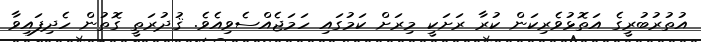
އުތުރުބުރީގެ އަތޮޅުވެރިކަން ކުރާ ރަށަކީ މިރަށް ކަމުގައި ހަމަޖެއްސެވިއެވެ. ޤުދުރަތީ ގޮތުން ހެދިފައިވާ